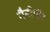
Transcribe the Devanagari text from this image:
गैबीपीर